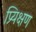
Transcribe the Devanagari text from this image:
प्र्यिक्षण